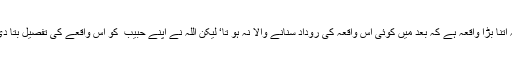
یہ اتنا بڑا واقعہ ہے کہ بعد میں کوئی اس واقعہ کی روداد سنانے والا نہ ہو تا‘ لیکن اللہ نے اپنے حبیب ؐ کو اس واقعے کی تفصیل بتا دی۔